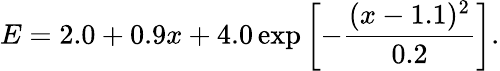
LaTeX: E=2.0+0.9x+4.0\exp\left[-\frac{(x-1.1)^{2}}{0.2}\right].